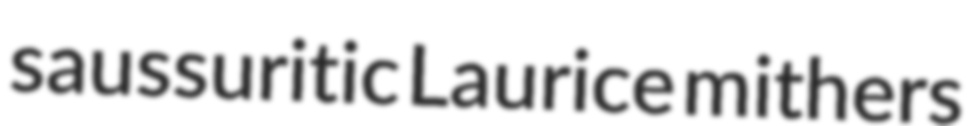
saussuritic Laurice mithers